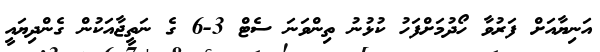
އަނިޔާއަށް ފަރުވާ ހޯދުމަށްފަހު ކުޅުނު ތިންވަނަ ސެޓް 3-6 ގެ ނަތީޖާއަކުން ގެންދިޔައީ